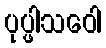
ပုပ္ဖါသဝေါ